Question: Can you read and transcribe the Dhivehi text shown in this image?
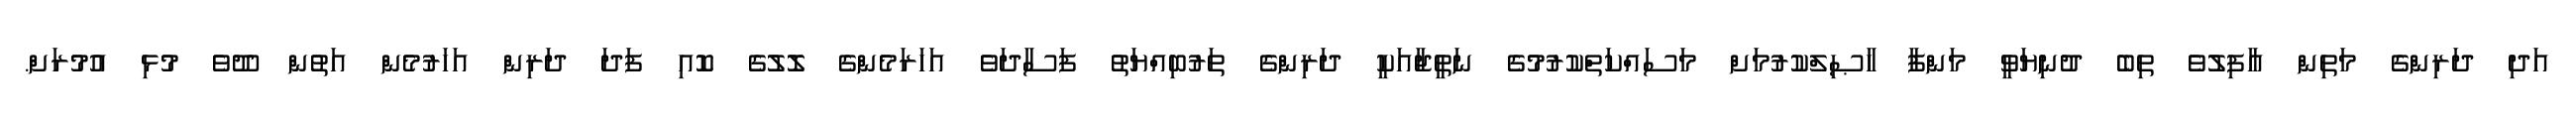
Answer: އަދި ދަރިންގެ މަތިން ޣާފިލުވެ ތިބެ ދުނިޔަވީ މަންފާ ހާޞިލްކުރުމަށް މަސައްކަތްކުރުމުގެ ނަތީޖާއަކީ ދަރިންގެ ތަރުބިއްޔަތު ފަސާދަވެ އަހަރަމެންގެ ލޮލުގެ ކޮއި ފަދަ ދަރިން އަހަރުމެން އަތުން ދޫވެ މުޅި އުމުރަށް.